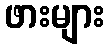
ဖားများ